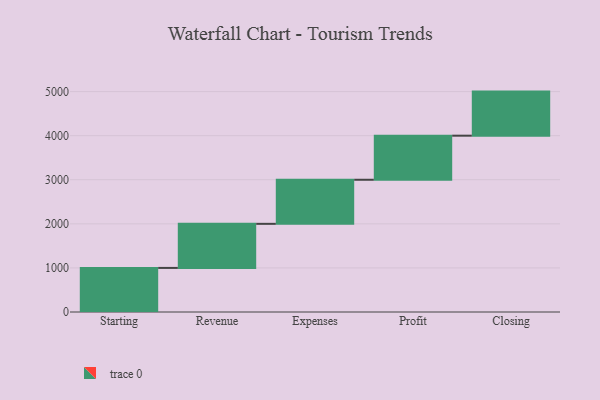
{"axis": {"x": "Step", "y": "Value"}, "legend": [""], "data": [{"x": "Starting", "y": 1000, "type": ""}, {"x": "Revenue", "y": 1000, "type": ""}, {"x": "Expenses", "y": 1000, "type": ""}, {"x": "Profit", "y": 1000, "type": ""}, {"x": "Closing", "y": 1000, "type": ""}]}